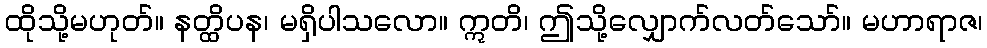
ထိုသို့မဟုတ်။ နတ္ထိပန၊ မရှိပါသလော။ ဣတိ၊ ဤသို့လျှောက်လတ်သော်။ မဟာရာဇ၊